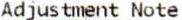
ADJUSTMENT NOTE